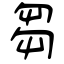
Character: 芻